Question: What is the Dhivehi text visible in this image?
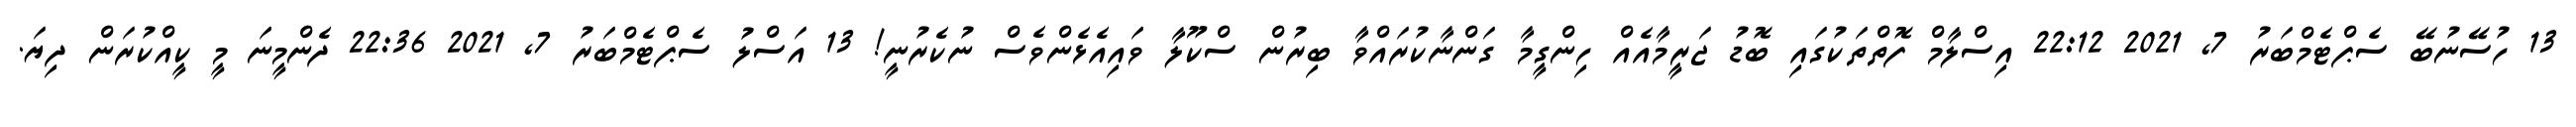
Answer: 13 ހުސޭނުބޭ ސެޕްޓެމްބަރު 7, 2021 22:12 އިސްލާމް ފޮތްތަކުގައި ބޮޑު ޖަރީމާއެއް ހިންގީމާ ގަންނާކުރައްވާ ބިރުން ސްކޫލާ ވައިއެޅެންވެސް ނުކެރުނީ! 13 އަސްލު ސެޕްޓެމްބަރު 7, 2021 22:36 ދެންމީނަ މީ ކީއްކުރަން ދިޔަ.